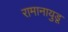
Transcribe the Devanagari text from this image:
रामानायुडू